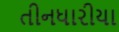
તીનધારીયા